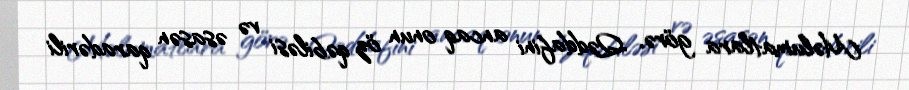
Məlumatlara görə, Qəddafini ancaq onun öz qəbiləsi və əsasən qaradərili